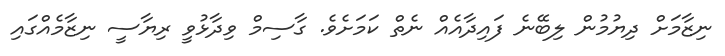
ނިޒާމަށް ދިޔުމުން ލިބޭނެ ފައިދާއެއް ނެތް ކަމަށެވެ. ގާސިމް ވިދާޅުވީ ރިޔާސީ ނިޒާމެއްގައި